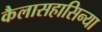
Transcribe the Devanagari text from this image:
कैलासहासिन्या